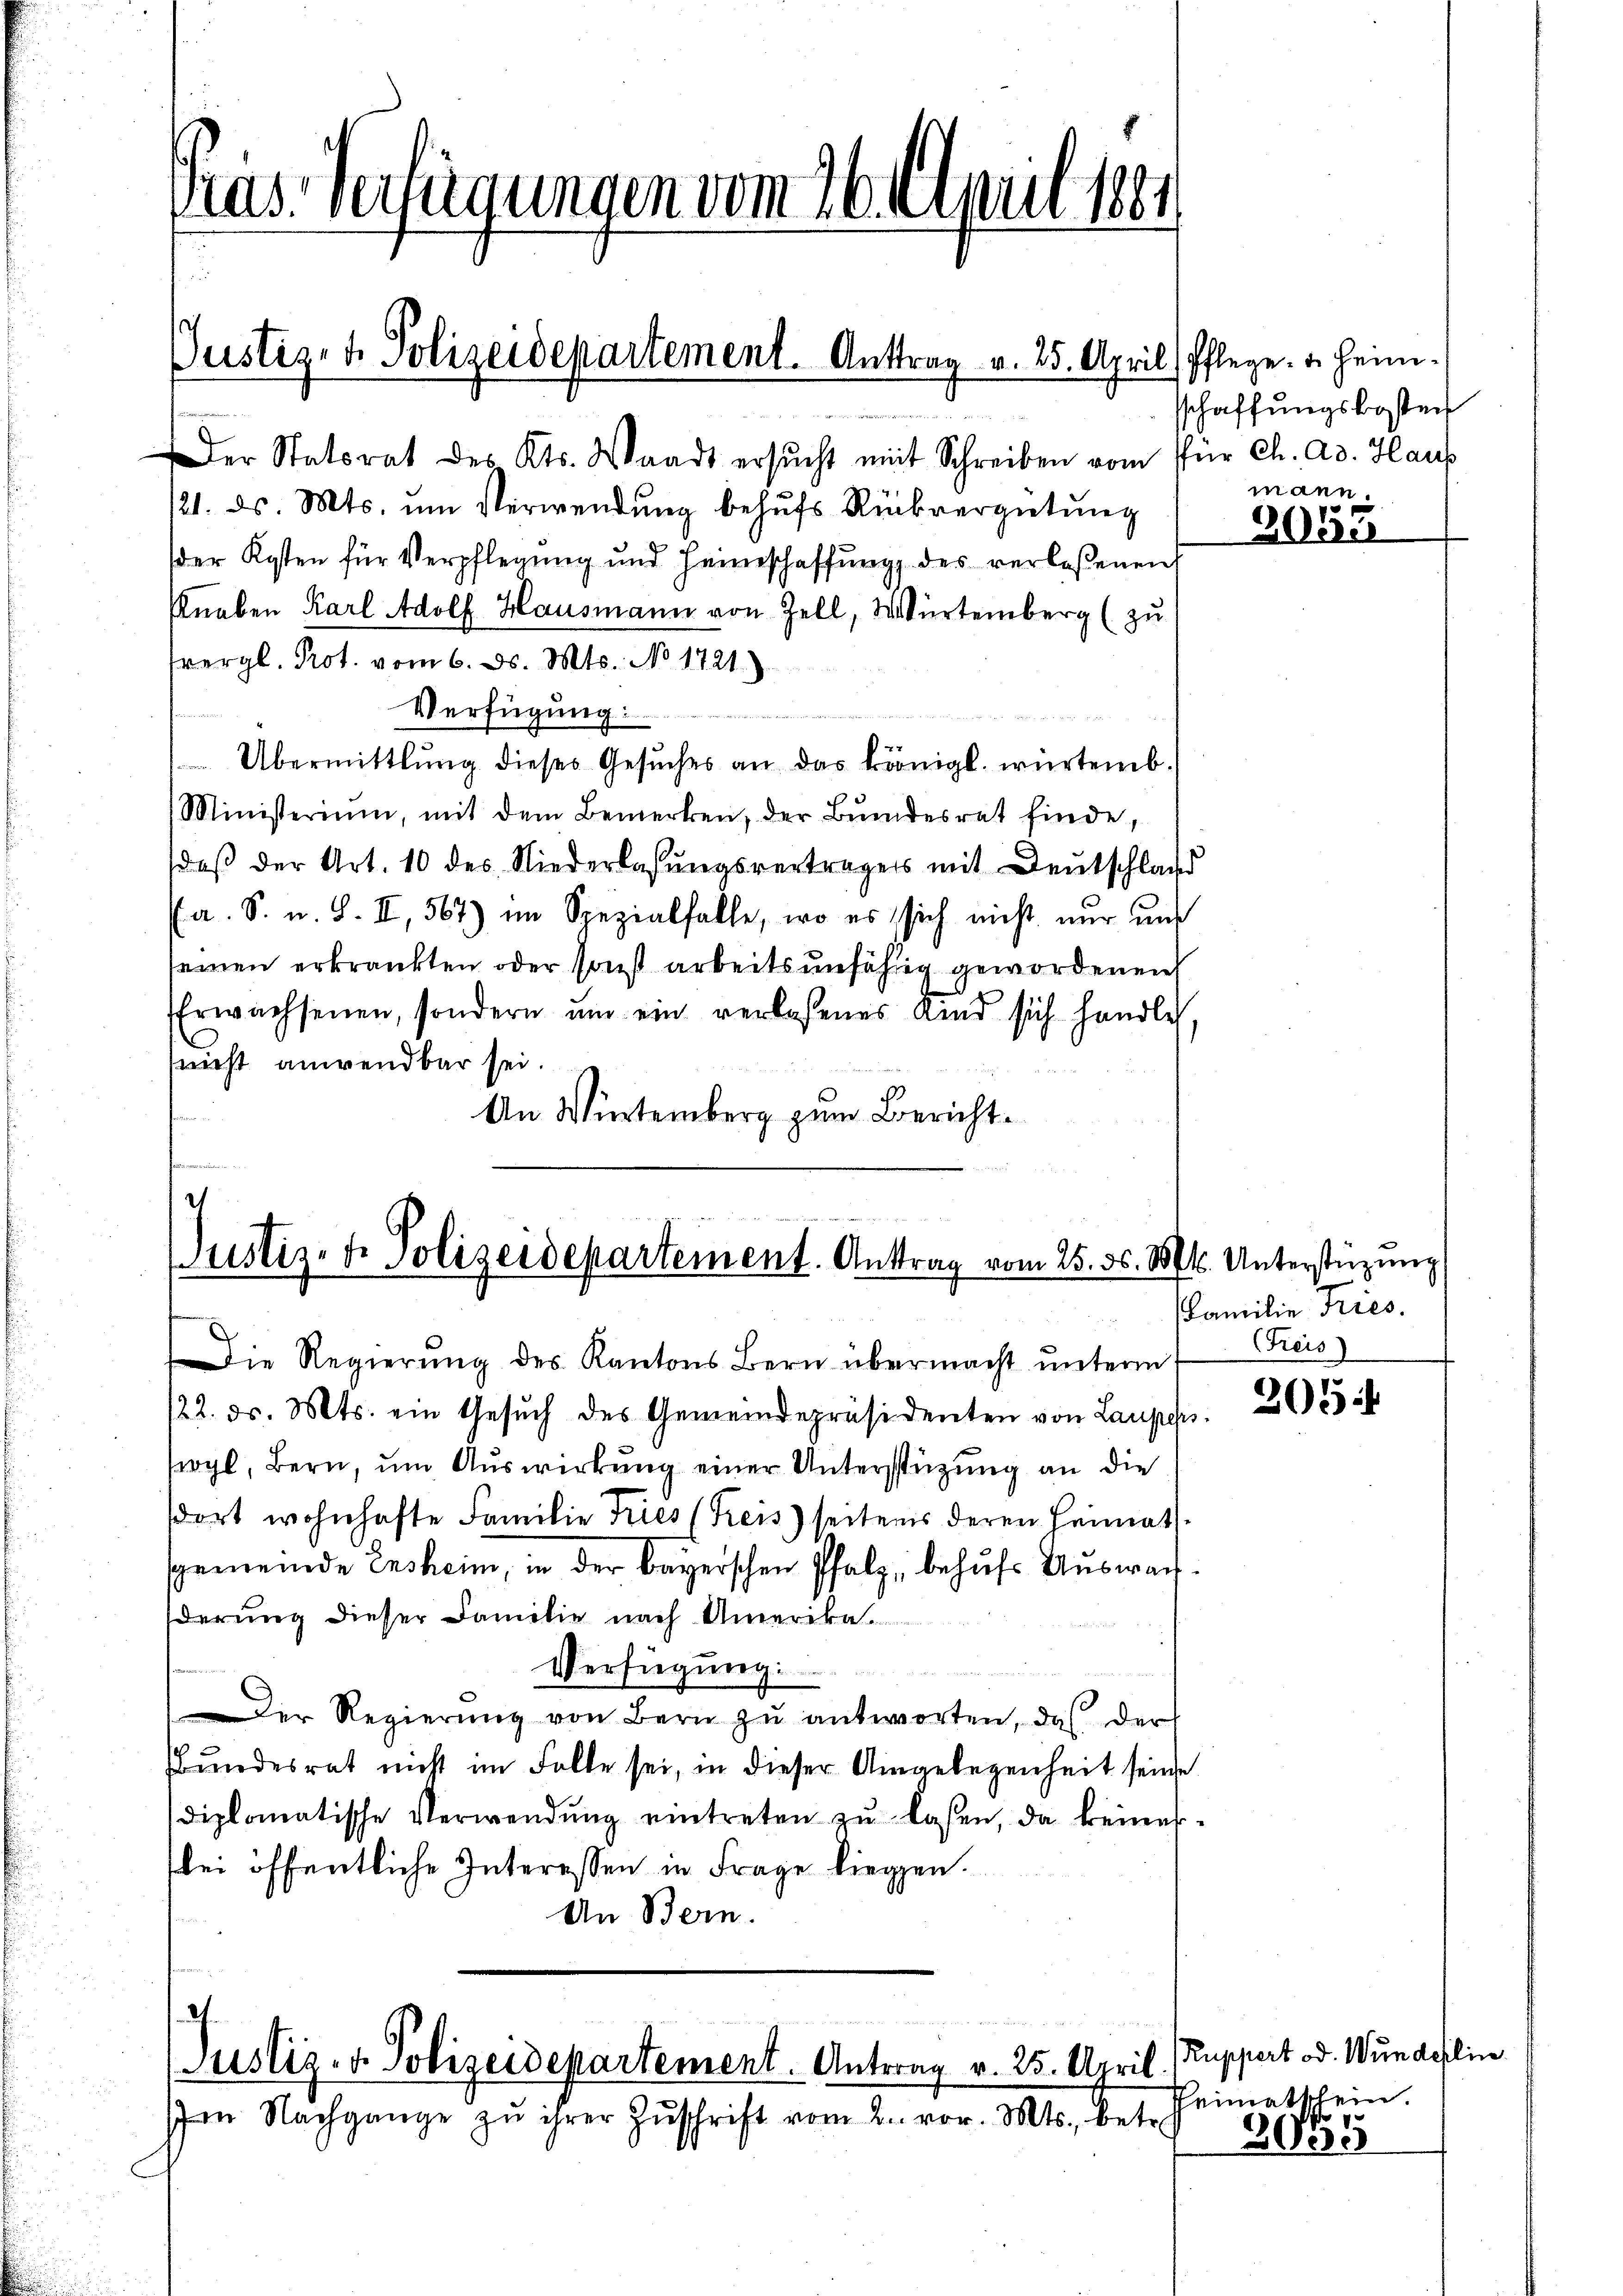
Prus. Verfügungen vom 26. April 1884

Justiz- & Polizeidepartement. Anttrag v. 25. April, Pflege. u. heim¬

Der Statorat des Kts. Waadt ersŭcht mit Schreiben vom für Ch. ad. Haus
121. ds. Mts. ŭm Verwendung behŭfs Rückvergütung
der Kosten für Verpflegung und Heimschaffŭng des verlassenen
Knaben Karl Adolf Hausmann von Zell, Würtemberg (zu
svergl. Prot. vom 6. d. Mts. No 1721.)
Verfügung:
Übermittlung dieses Gesŭches an das königl. würtemb.
Ministerium, mit dem Bemerken, der Bundesrat finde,
daß der Art. 10 des Niederlassungsverträgers mit Deutschlag
a. S. u. S. II, 567) im Spezialfalle, wo es sich nicht nur und
seinen erkränkten oder sonst arbeitsunfähig gewordenen
Erwachsenen, sondern um ein verlassenes Kind sich handleh
sricht anwendbar sei.
An Würtemberg zum Bericht¬

Justiz- u. Polizeidepartement. Antrag vom 25. 56. 18

w

h
Justiz- & Polizeidepartement. Antrag v. 25. April.

Die Regierŭng des Kantons Bern übermacht ŭnterm
/22. ds. Mts. ein Gesŭch des Gemeindepräsidenten von Laupers
swyl, Bern, um Auswirkung einer Unterstüzung an die
dort wohnhafte Familie Tries (Freis) seitens deren Heimath
sgemeinde Ensheim, in der bayerschen Pfalz, behufs Auswarderung dieser Familie nach Amerika.
Verfügung:
Der Regierŭng von Bern zŭ antworten, das der
Bundesrat nicht im Falle sei, in dieser Angelegenheit seine
diplomatische Verwendŭng eintreten zŭ lassen, da keines
lei öffentliche Interessen in Frage liegen.
An Bern.

Im Nachgange zŭ ihrer Zŭschrift vom 2. vor. Mts., betr.

schaffungskosten
mann.

3653

Pf. Unterstüzung
Familie Tries.
reis)

205

Ruppert od. Wundeslin
Heimatschein.

2055